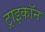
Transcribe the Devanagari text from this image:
ट्राइकॉन